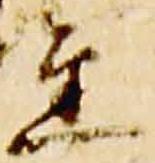
金